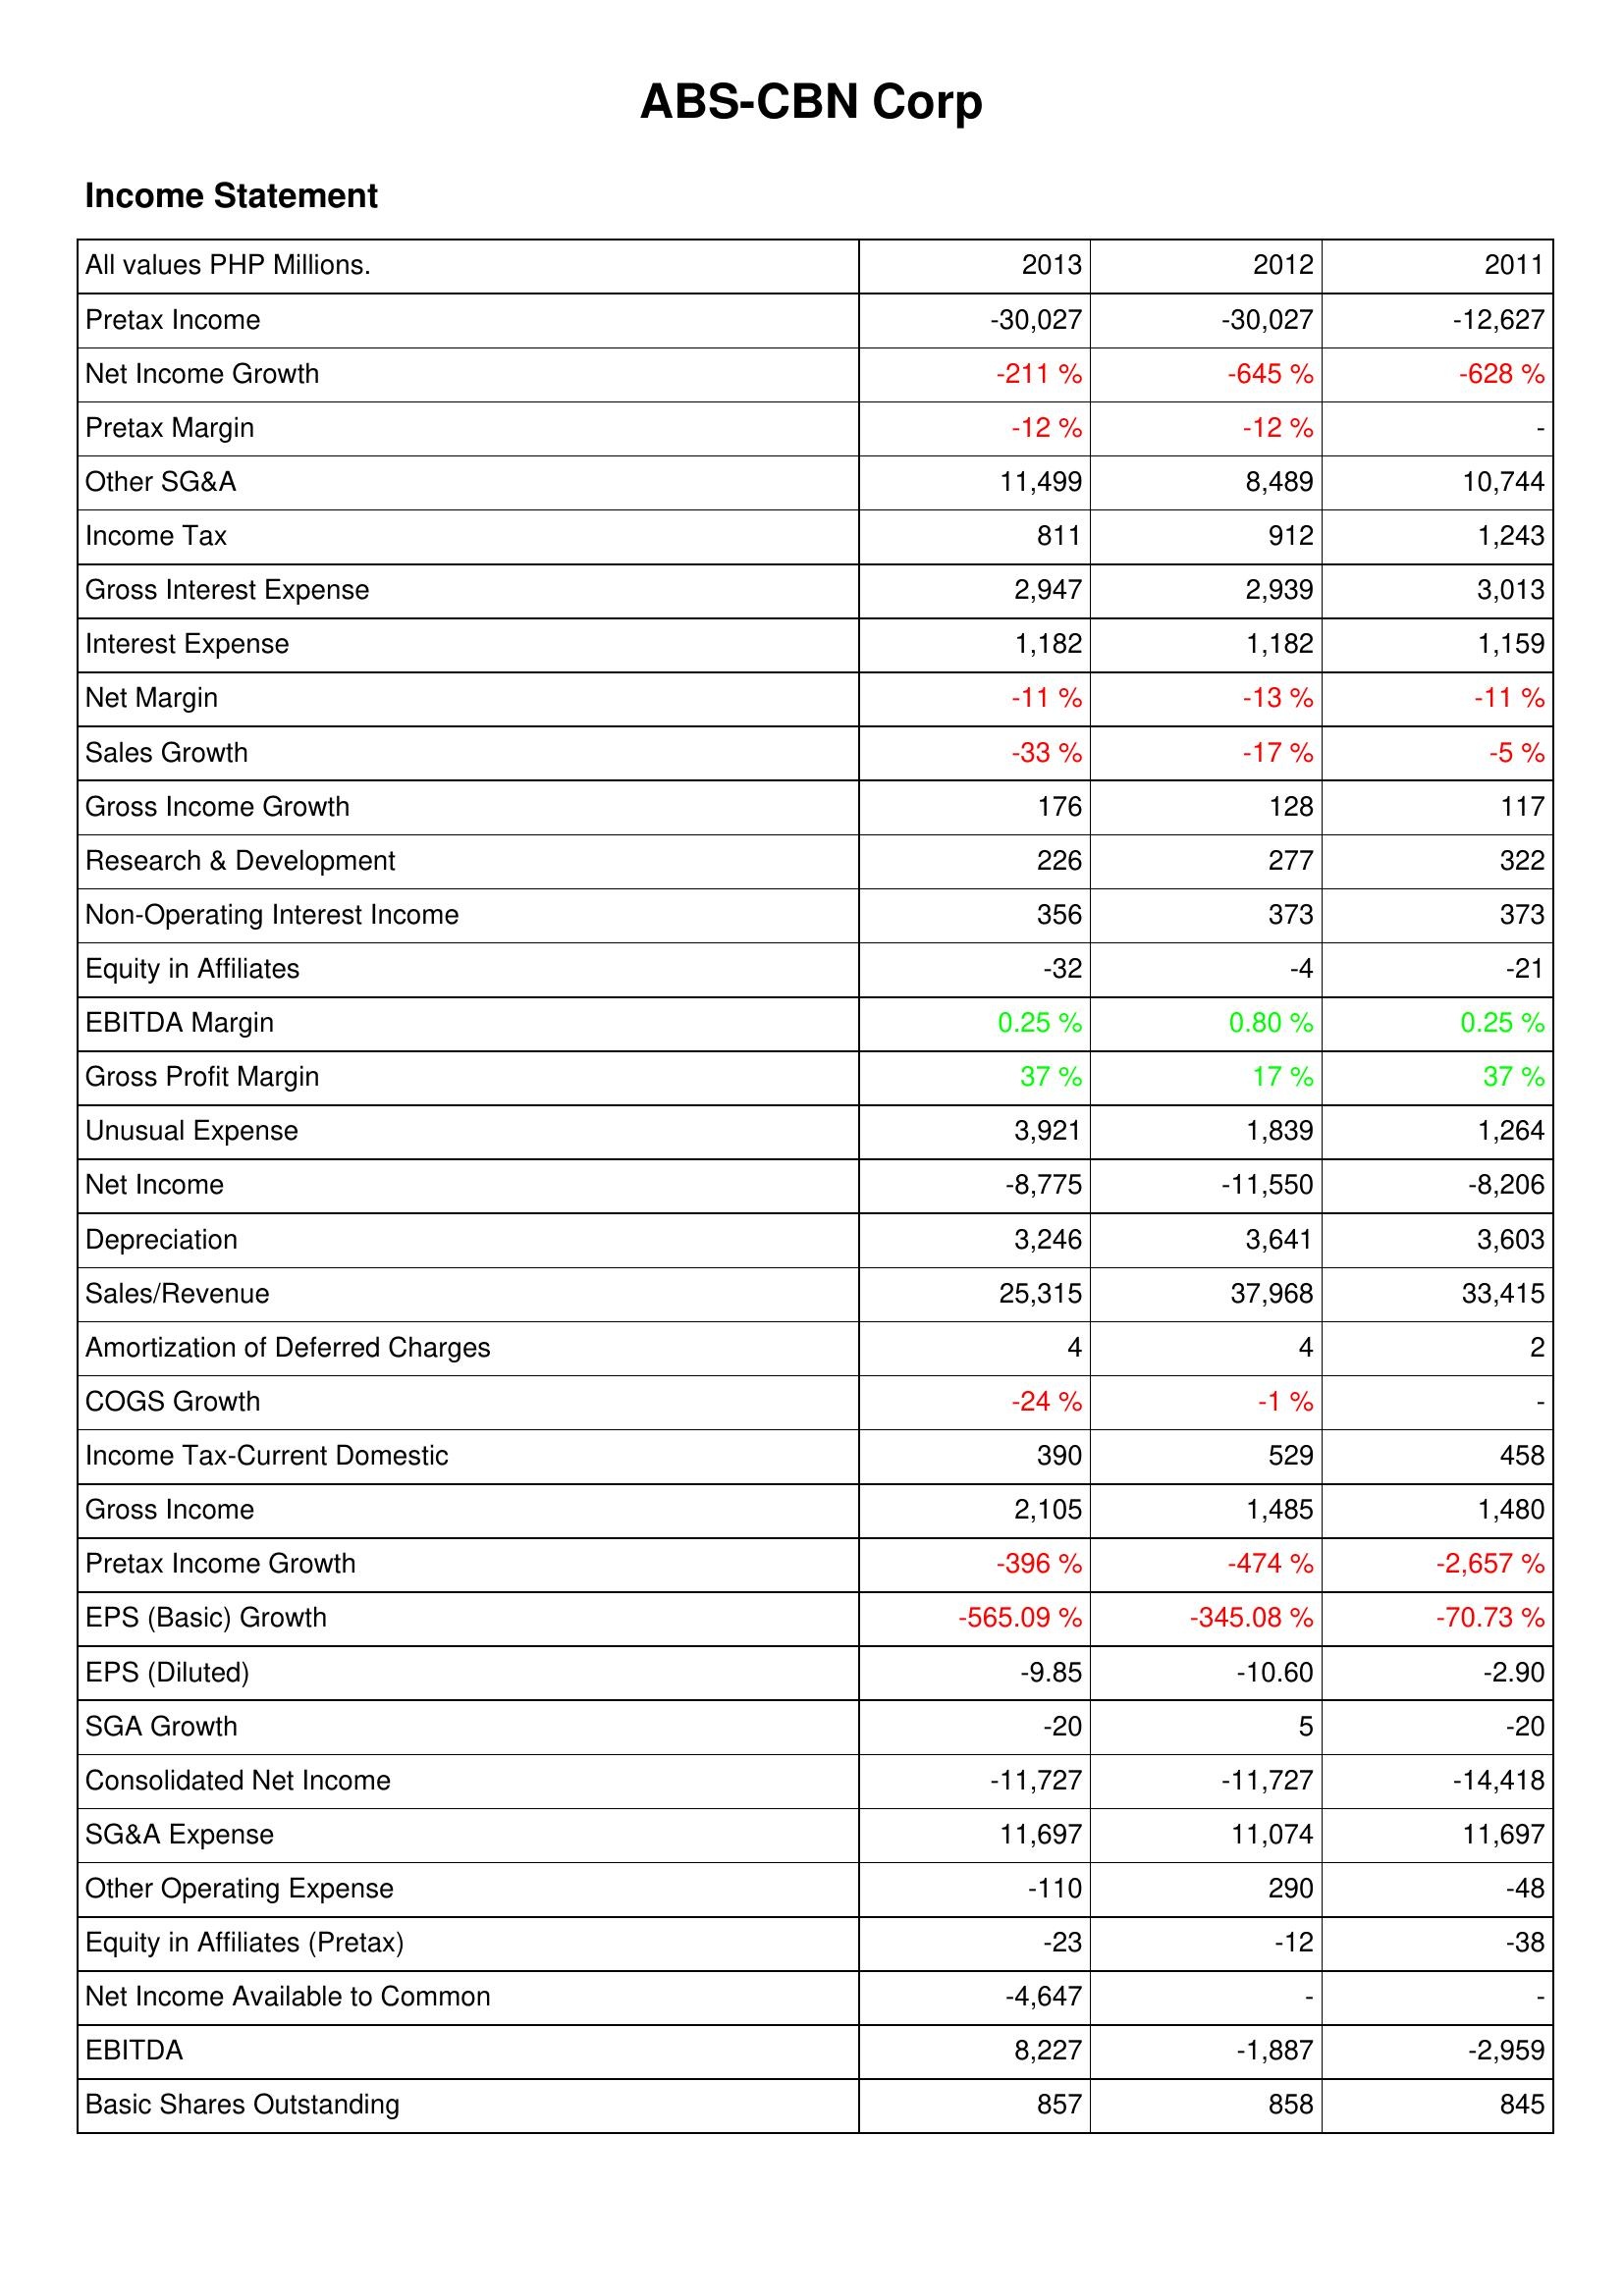
2013: Income Statement: Pretax Income: -30,027
Net Income Growth: -211 %
Pretax Margin: -12 %
Other SG&A: 11,499
Income Tax: 811
Gross Interest Expense: 2,947
Interest Expense: 1,182
Net Margin: -11 %
Sales Growth: -33 %
Gross Income Growth: 176
Research & Development: 226
Non-Operating Interest Income: 356
Equity in Affiliates: -32
EBITDA Margin: 0.25 %
Gross Profit Margin: 37 %
Unusual Expense: 3,921
Net Income: -8,775
Depreciation: 3,246
Sales/Revenue: 25,315
Amortization of Deferred Charges: 4
COGS Growth: -24 %
Income Tax-Current Domestic: 390
Gross Income: 2,105
Pretax Income Growth: -396 %
EPS (Basic) Growth: -565.09 %
EPS (Diluted): -9.85
SGA Growth: -20
Consolidated Net Income: -11,727
SG&A Expense: 11,697
Other Operating Expense: -110
Equity in Affiliates (Pretax): -23
Net Income Available to Common: -4,647
EBITDA: 8,227
Basic Shares Outstanding: 857
2012: Income Statement: Pretax Income: -30,027
Net Income Growth: -645 %
Pretax Margin: -12 %
Other SG&A: 8,489
Income Tax: 912
Gross Interest Expense: 2,939
Interest Expense: 1,182
Net Margin: -13 %
Sales Growth: -17 %
Gross Income Growth: 128
Research & Development: 277
Non-Operating Interest Income: 373
Equity in Affiliates: -4
EBITDA Margin: 0.80 %
Gross Profit Margin: 17 %
Unusual Expense: 1,839
Net Income: -11,550
Depreciation: 3,641
Sales/Revenue: 37,968
Amortization of Deferred Charges: 4
COGS Growth: -1 %
Income Tax-Current Domestic: 529
Gross Income: 1,485
Pretax Income Growth: -474 %
EPS (Basic) Growth: -345.08 %
EPS (Diluted): -10.60
SGA Growth: 5
Consolidated Net Income: -11,727
SG&A Expense: 11,074
Other Operating Expense: 290
Equity in Affiliates (Pretax): -12
Net Income Available to Common: -
EBITDA: -1,887
Basic Shares Outstanding: 858
2011: Income Statement: Pretax Income: -12,627
Net Income Growth: -628 %
Pretax Margin: -
Other SG&A: 10,744
Income Tax: 1,243
Gross Interest Expense: 3,013
Interest Expense: 1,159
Net Margin: -11 %
Sales Growth: -5 %
Gross Income Growth: 117
Research & Development: 322
Non-Operating Interest Income: 373
Equity in Affiliates: -21
EBITDA Margin: 0.25 %
Gross Profit Margin: 37 %
Unusual Expense: 1,264
Net Income: -8,206
Depreciation: 3,603
Sales/Revenue: 33,415
Amortization of Deferred Charges: 2
COGS Growth: -
Income Tax-Current Domestic: 458
Gross Income: 1,480
Pretax Income Growth: -2,657 %
EPS (Basic) Growth: -70.73 %
EPS (Diluted): -2.90
SGA Growth: -20
Consolidated Net Income: -14,418
SG&A Expense: 11,697
Other Operating Expense: -48
Equity in Affiliates (Pretax): -38
Net Income Available to Common: -
EBITDA: -2,959
Basic Shares Outstanding: 845